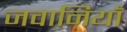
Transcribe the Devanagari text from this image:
जवानियाँ